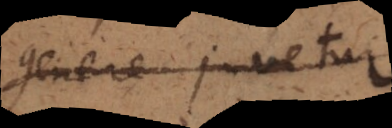
genere juvetur